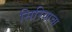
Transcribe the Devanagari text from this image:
सिरियाचा